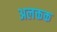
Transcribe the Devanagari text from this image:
अलक्तक